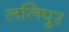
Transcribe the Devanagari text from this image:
ललिपुर